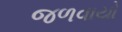
જળવાયો